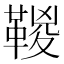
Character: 𩋯